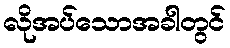
လိုအပ်သောအခါတွင်